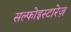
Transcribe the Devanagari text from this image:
सल्फोइस्टारेज़